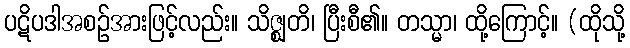
ပဋိပဒါအစဉ်အားဖြင့်လည်း။ သိဇ္ဈတိ၊ ပြီးစီ၏။ တသ္မာ၊ ထို့ကြောင့်။ (ထိုသို့